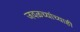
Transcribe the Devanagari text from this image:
जवळच्यांच्याही